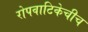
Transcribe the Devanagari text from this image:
रोपवाटिकेचीच